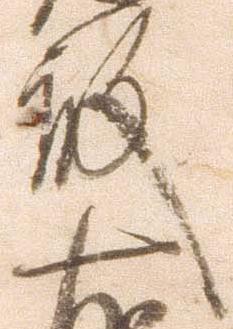
殿